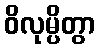
ဝိလုမ္ပိတွာ